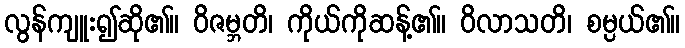
လွန်ကျူး၍ဆို၏။ ဝိဇမ္ဘတိ၊ ကိုယ်ကိုဆန့်၏။ ဝိလာသတိ၊ စမ္ပယ်၏။